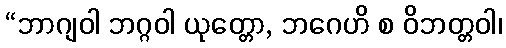
“ဘာဂျဝါ ဘဂ္ဂဝါ ယုတ္တော, ဘဂေဟိ စ ဝိဘတ္တဝါ၊